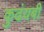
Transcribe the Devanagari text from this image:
कुढंयबी